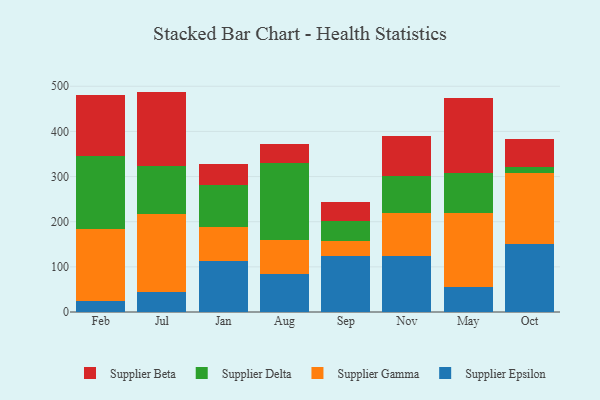
{"axis": {"x": "Month", "y": "Satisfaction Score"}, "legend": ["Supplier Beta", "Supplier Delta", "Supplier Epsilon", "Supplier Gamma"], "data": [{"x": "Feb", "y": 24.7, "type": "Supplier Epsilon"}, {"x": "Feb", "y": 160.1, "type": "Supplier Gamma"}, {"x": "Feb", "y": 160.8, "type": "Supplier Delta"}, {"x": "Feb", "y": 135.6, "type": "Supplier Beta"}, {"x": "Jul", "y": 44.2, "type": "Supplier Epsilon"}, {"x": "Jul", "y": 173.4, "type": "Supplier Gamma"}, {"x": "Jul", "y": 105.1, "type": "Supplier Delta"}, {"x": "Jul", "y": 165.5, "type": "Supplier Beta"}, {"x": "Jan", "y": 112.9, "type": "Supplier Epsilon"}, {"x": "Jan", "y": 74.5, "type": "Supplier Gamma"}, {"x": "Jan", "y": 94.7, "type": "Supplier Delta"}, {"x": "Jan", "y": 45.2, "type": "Supplier Beta"}, {"x": "Aug", "y": 83.8, "type": "Supplier Epsilon"}, {"x": "Aug", "y": 76.7, "type": "Supplier Gamma"}, {"x": "Aug", "y": 168.7, "type": "Supplier Delta"}, {"x": "Aug", "y": 42.0, "type": "Supplier Beta"}, {"x": "Sep", "y": 124.8, "type": "Supplier Epsilon"}, {"x": "Sep", "y": 33.3, "type": "Supplier Gamma"}, {"x": "Sep", "y": 43.8, "type": "Supplier Delta"}, {"x": "Sep", "y": 42.7, "type": "Supplier Beta"}, {"x": "Nov", "y": 123.6, "type": "Supplier Epsilon"}, {"x": "Nov", "y": 96.8, "type": "Supplier Gamma"}, {"x": "Nov", "y": 80.0, "type": "Supplier Delta"}, {"x": "Nov", "y": 89.3, "type": "Supplier Beta"}, {"x": "May", "y": 55.4, "type": "Supplier Epsilon"}, {"x": "May", "y": 164.8, "type": "Supplier Gamma"}, {"x": "May", "y": 87.4, "type": "Supplier Delta"}, {"x": "May", "y": 166.5, "type": "Supplier Beta"}, {"x": "Oct", "y": 150.4, "type": "Supplier Epsilon"}, {"x": "Oct", "y": 156.6, "type": "Supplier Gamma"}, {"x": "Oct", "y": 13.4, "type": "Supplier Delta"}, {"x": "Oct", "y": 62.4, "type": "Supplier Beta"}]}